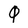
Character: 0